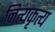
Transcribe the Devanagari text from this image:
नित्यकृत्य